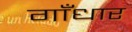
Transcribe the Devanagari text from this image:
गाँधार